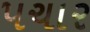
પચાર